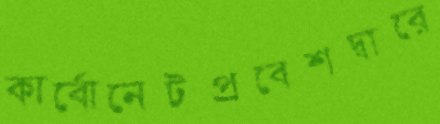
কার্বোনেটপ্রবেশদ্বারে